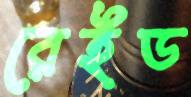
রেইড